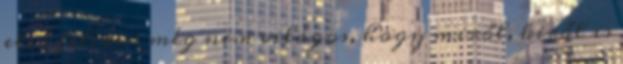
első felében még nem világos, hogy miről, kiről is